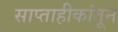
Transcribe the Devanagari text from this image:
साप्ताहीकांतून